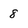
Character: 8